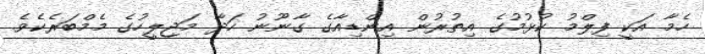
ހެމާ އަކީ ފިލްމު ކުޅުމުގެ އިތުރުން އިންޑިއާގެ ގާނޫނު ހަދާ މަޖިލީހުގެ މެމްބަރެކެވެ.